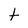
Character: t